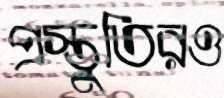
প্রস্তুতিরও